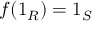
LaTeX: f ( 1 _ { R } ) = 1 _ { S }